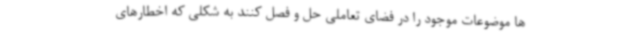
ها موضوعات موجود را در فضای تعاملی حل و فصل کنند به شکلی که اخطارهای